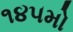
૧૪૫મો